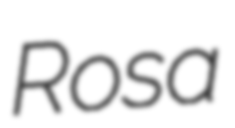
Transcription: Rosa